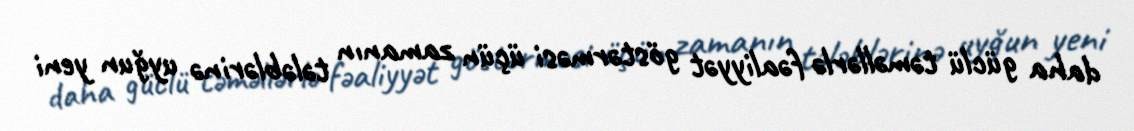
daha güclü təməllərlə fəaliyyət göstərməsi üçün zamanın tələblərinə uyğun yeni